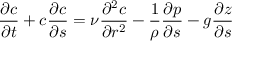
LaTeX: { \frac { \partial c } { \partial t } } + c { \frac { \partial c } { \partial s } } = \nu { \frac { \partial ^ { 2 } c } { \partial r ^ { 2 } } } - { \frac { 1 } { \rho } } { \frac { \partial p } { \partial s } } - g { \frac { \partial z } { \partial s } }